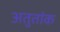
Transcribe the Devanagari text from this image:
अतुतांक